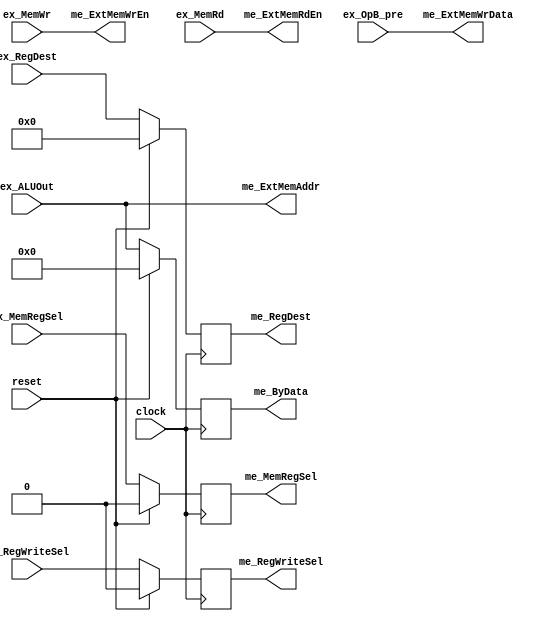
//---------------------------------------------------------
//		Memory Stage
//
//
// Class: EG-EE  597 Senior Project
//
//---------------------------------------------------------


module memory_stage (	 
			
		clock,
		reset,
		ex_MemWr,
		ex_MemRd,
		ex_ALUOut,
		ex_OpB_pre,
		ex_RegDest,
		ex_MemRegSel,
		ex_RegWriteSel,

		me_ExtMemAddr,
		me_ExtMemWrData,
		me_ExtMemWrEn,
		me_ExtMemRdEn,
		me_MemRegSel,
		me_RegWriteSel,
		me_RegDest,
		me_ByData        
		);
	
input  		clock;
input  		reset;
input  		ex_MemWr;
input  		ex_MemRd;
input  [31:0]	ex_ALUOut;
input  [31:0]	ex_OpB_pre;
input  [4:0]	ex_RegDest;
input  		ex_MemRegSel;
input		ex_RegWriteSel;
                
output [31:0]	me_ExtMemAddr;
output [31:0]	me_ExtMemWrData;
output 		me_ExtMemWrEn;
output 		me_ExtMemRdEn;
output 		me_MemRegSel;
output 		me_RegWriteSel;
output [4:0]	me_RegDest;
output [31:0]	me_ByData;

			
	//--------------------------
	//   Register Declarations
	//--------------------------

reg 		me_MemRegSel;
reg 		me_RegWriteSel;
reg [4:0]	me_RegDest;
reg [31:0]	me_ByData;
	

	//--------------------------
	//  Wire Declarations
	//--------------------------

assign		me_ExtMemAddr   = ex_ALUOut;
assign 		me_ExtMemWrData = ex_OpB_pre;
assign		me_ExtMemWrEn   = ex_MemWr;
assign		me_ExtMemRdEn   = ex_MemRd;


 always @(posedge clock)
	 if (reset)
	    begin
	    me_MemRegSel    <= 0;
            me_RegWriteSel  <= 0;
            me_RegDest      <= 0;
	    me_ByData       <= 0;            
  	    end
	 else
	    begin
	    me_MemRegSel    <= ex_MemRegSel;
            me_RegWriteSel  <= ex_RegWriteSel;
            me_RegDest      <= ex_RegDest;
            me_ByData       <= ex_ALUOut; 
	    end

endmodule